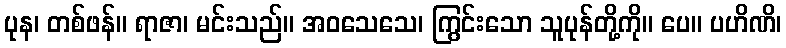
ပုန၊ တစ်ဖန်။ ရာဇာ၊ မင်းသည်။ အဝသေသေ၊ ကြွင်းသော သူပုန်တို့ကို။ ပေ။ ပဟိဏိ၊